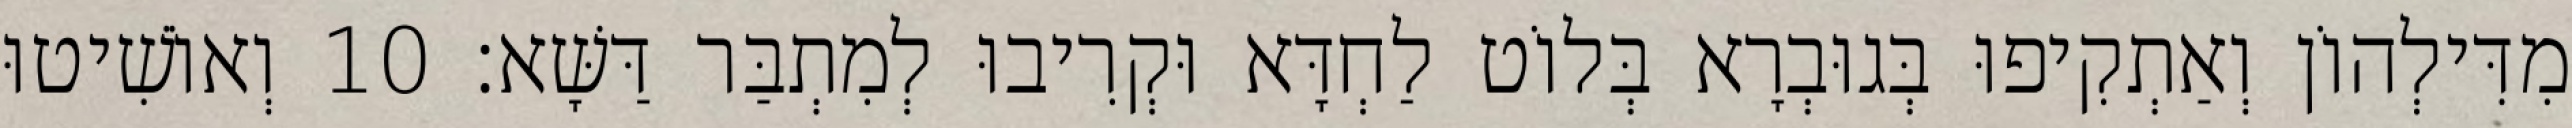
מִדִּילְהוֹן וְאַתְקִיפוּ בְּגוּבְרָא בְּלוֹט לַחְדָּא וּקְרִיבוּ לְמִתְבַּר דַּשָּׁא׃ 10 וְאוֹשִׁיטוּ